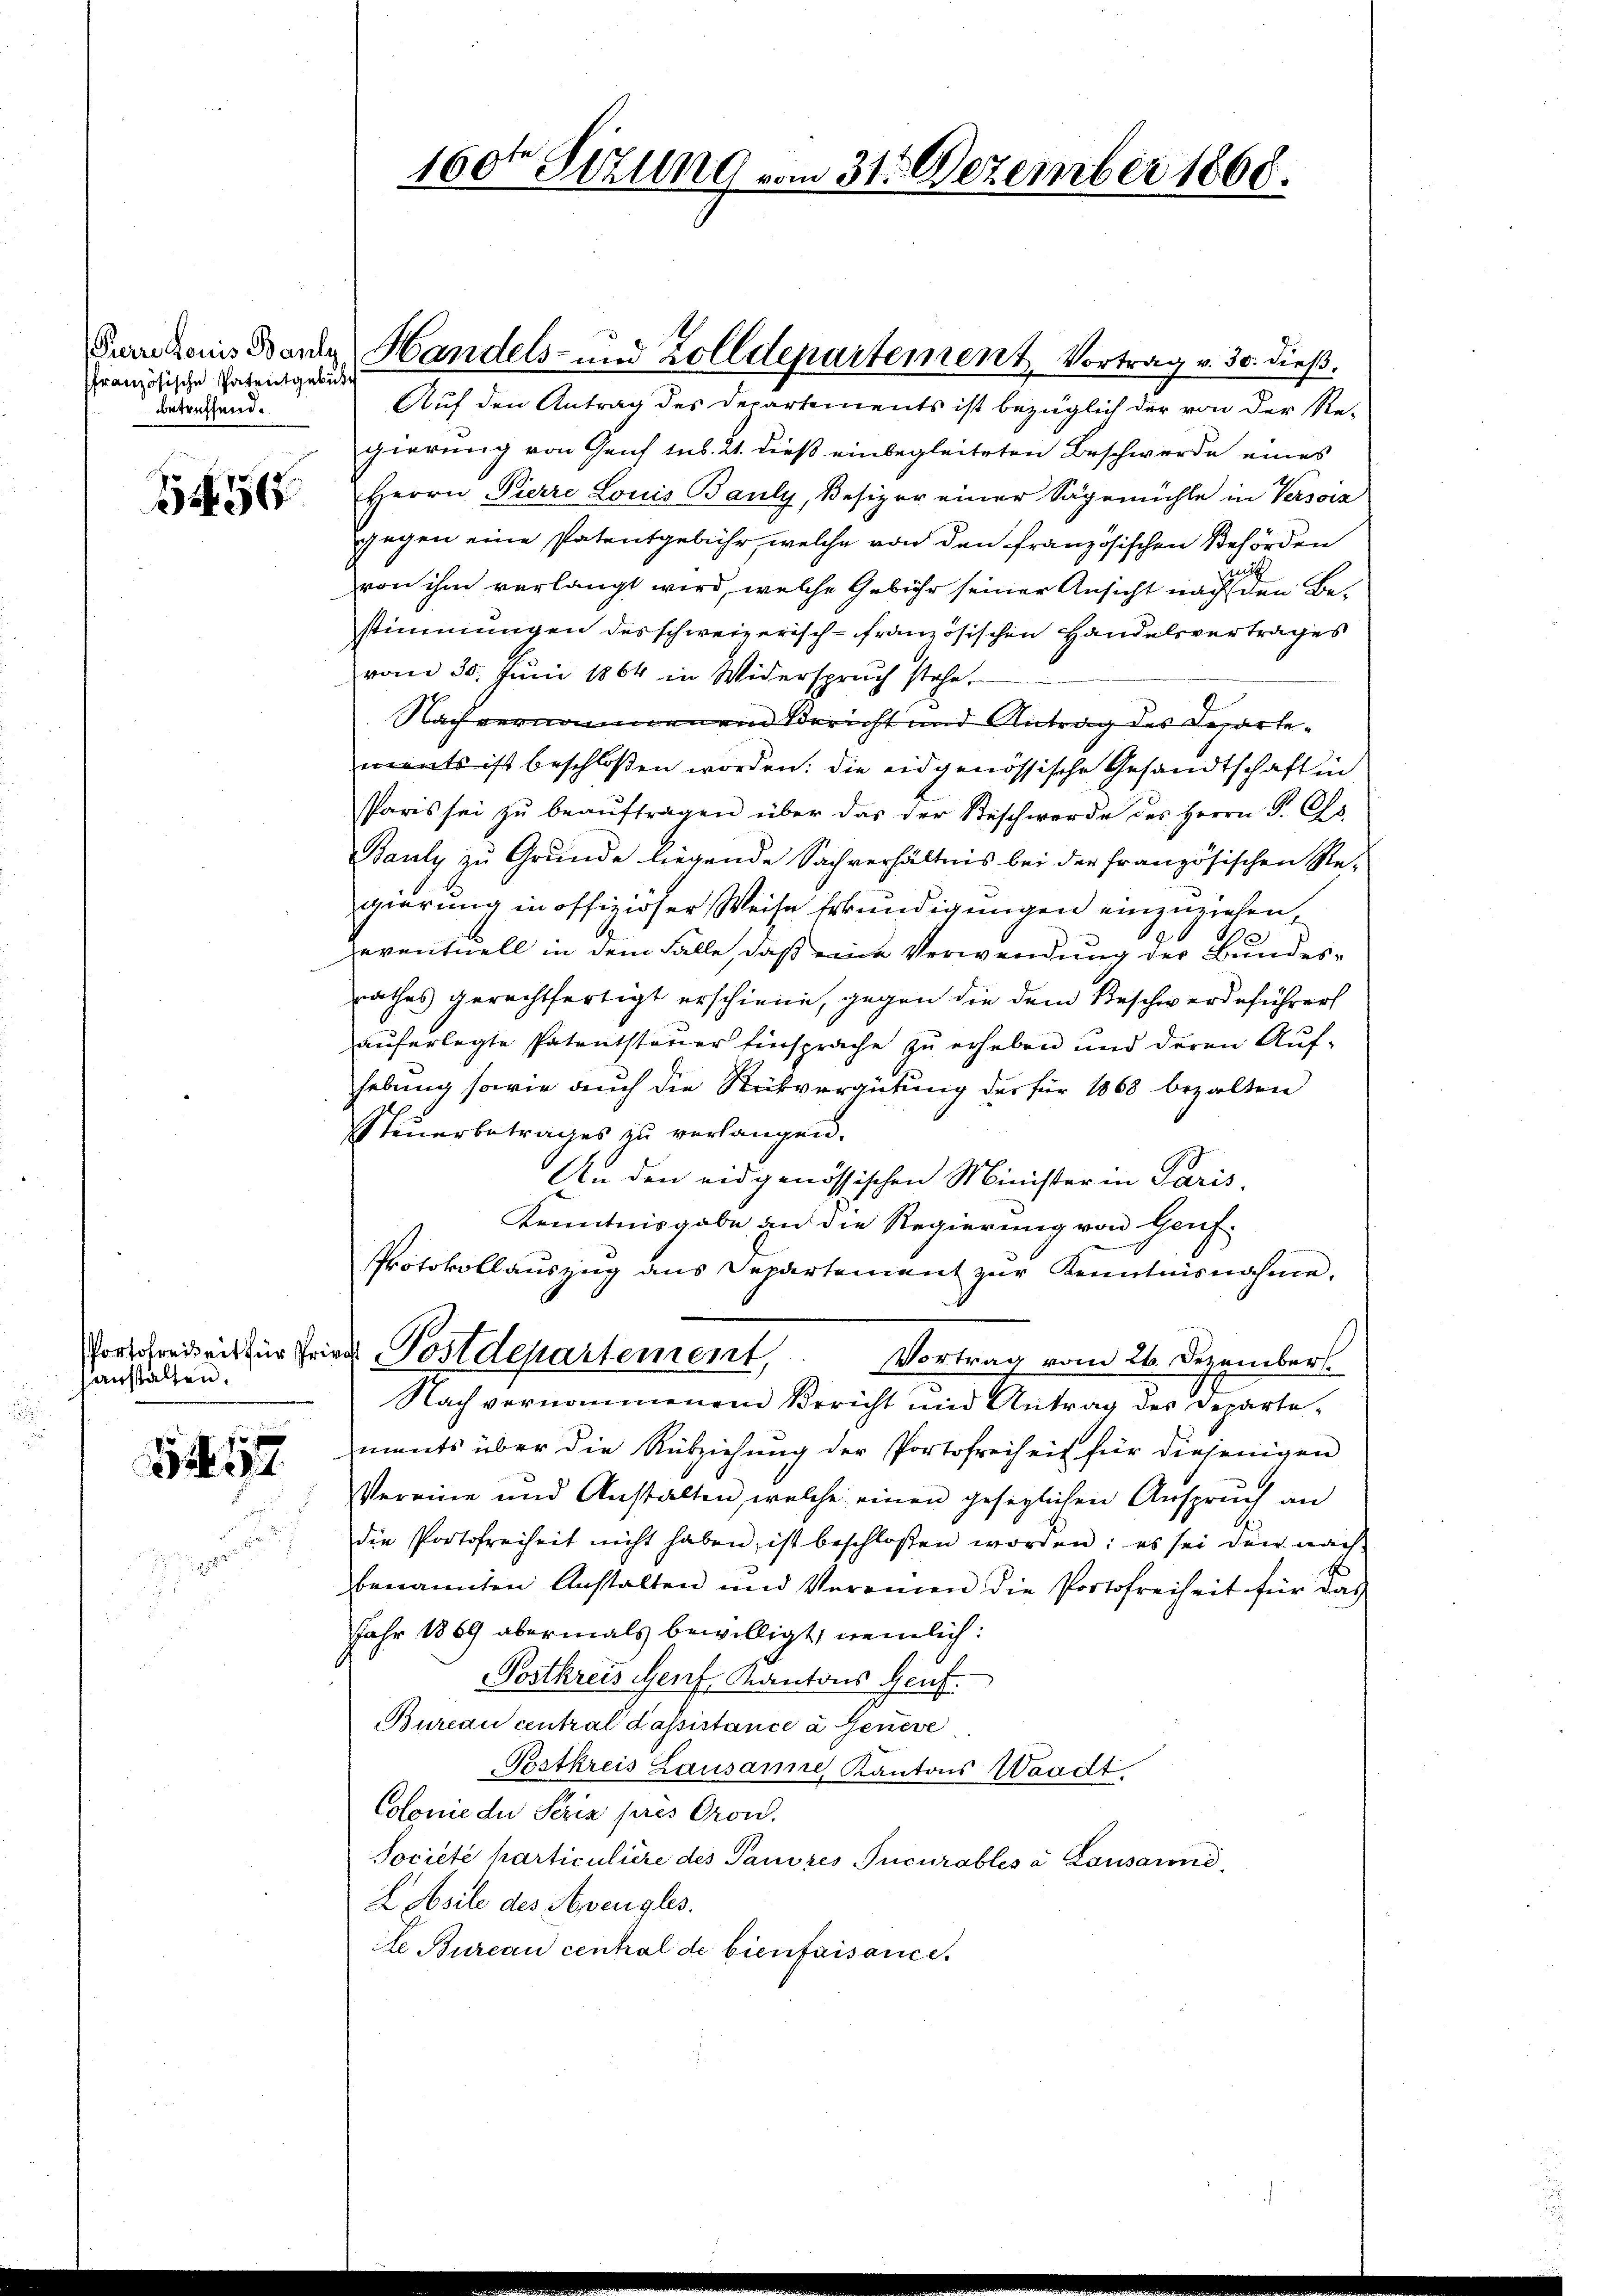
Prare douis Bauly
ffranzösische Patentgebühr
betreffend.

1456

anstalten.

1212.

160ten Sizung vom 31. Dezember 1860.

Auf den Antrag des Departements ist bezüglich der von der Re-
gierung von Genf sub. 21. dieß einbegleiteten Beschwerde eines
Herrn Pierre Louis Bauly, Besizer einer Sägemühle in Versciz
gegen eine Patentgebühr, welche von den französischen Behörden
von ihm verlangt wird, welche Gebühr seiner Ansicht nach den Bestimmungen des schweizerisch-französischen Handelsvertrages
vom 30. Juni 1864 in Widerspruch stehe.
Nach vernommenen Bericht und Antrag des Departements ist beschloßen worden. Die eidgenössische Gesandtschaft in
Paris sei zŭ beaŭftragen über das der Beschwerde des Herrn P. Os
Bauly zu Grunde liegende Sachverhältnis bei der französischen Re-
gierung in offiziöser Weise Erkundigungen einzuziehen,
eventuell in dem Falle, daß eine Verwendung des Bundes-
rathes gerechtfertigt erschiene, gegen die dem Beschwerdeführer
auferlegte Patentstaner Einsprache zu erheben und deren Aufhebung sowie auch die Rückvergütung der für 1868 bezalten
Steŭerbetrages zŭ verlangen.
An den eidgenössischen Minister in Paris,
Kenntnisgabe an die Regierung von Genf¬
Protokollauszug aus Departement zur Kenntnisnahme.
Portofreiheit zur Privat Postdepartement,
Vortrag vom 26. Dezember.
Nach vernommenen Bericht und Antrag des Departements über die Rükziehŭng der Portofreiheit für diejenigen
Vereine und Anstalten, welche einen gesezlichen Anspruch an
die Portofreiheit nicht haben, ist beschloßen worden: es sei der nach-
benannten Anstalten und Vereinen die Portofreiheit für das
Jahr 1869 abermals bewilligt, nemlich:
Postkreis Genf, Kantons Genf.
Bureau central Kassistance à Geneve
Postkreis Lausannes Kantons Waadt.
Colonie du Seria pres Gron.
Societe harticulière des Panores Incurables à Lausanne,
2 Absile des Hengles.
de Bureau central de bien faisance.

Handels- und Zolldepartement, Vortrag v. 30. dieß.